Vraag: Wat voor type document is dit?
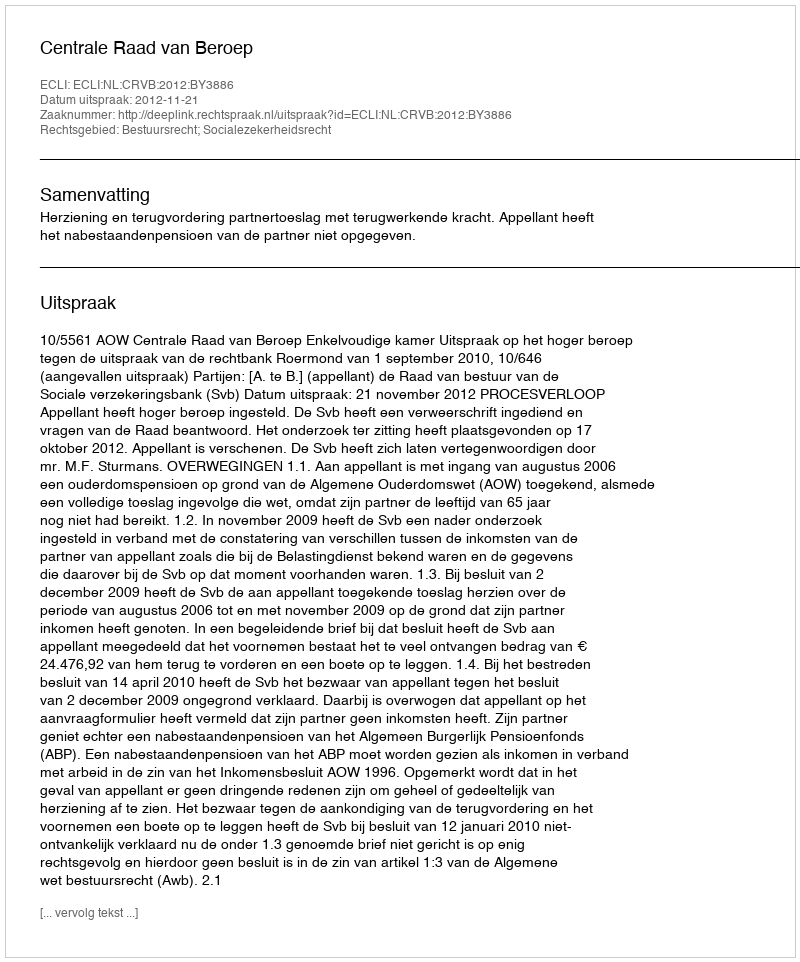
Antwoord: Uitspraak